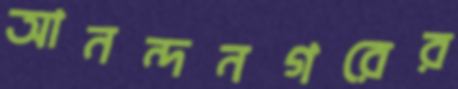
আনন্দনগরের